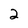
Character: 2